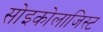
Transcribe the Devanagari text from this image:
सोइकोलाजिस्ट